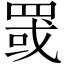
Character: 罭